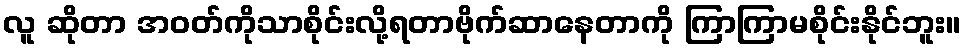
လူ ဆိုတာ အဝတ်ကိုသာစိုင်းလို့ရတာဗိုက်ဆာနေတာကို ကြာကြာမစိုင်းနိုင်ဘူး။